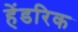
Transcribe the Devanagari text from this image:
हेंडरिक